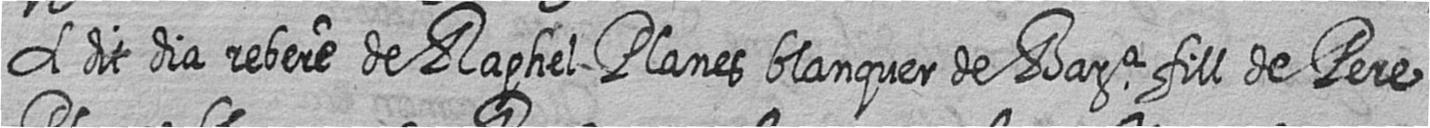
A dit dia rebere de Raphel Planes blanquer de Bara fill de Pere